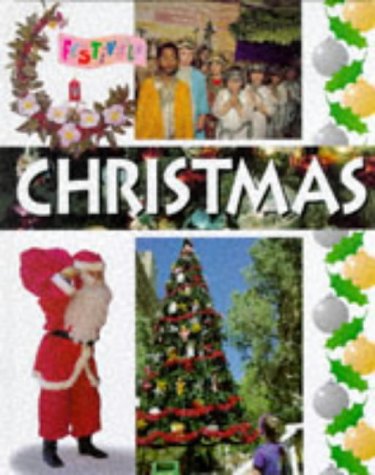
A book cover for Christmas (Festivals); Clare Chandler; Children's Books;